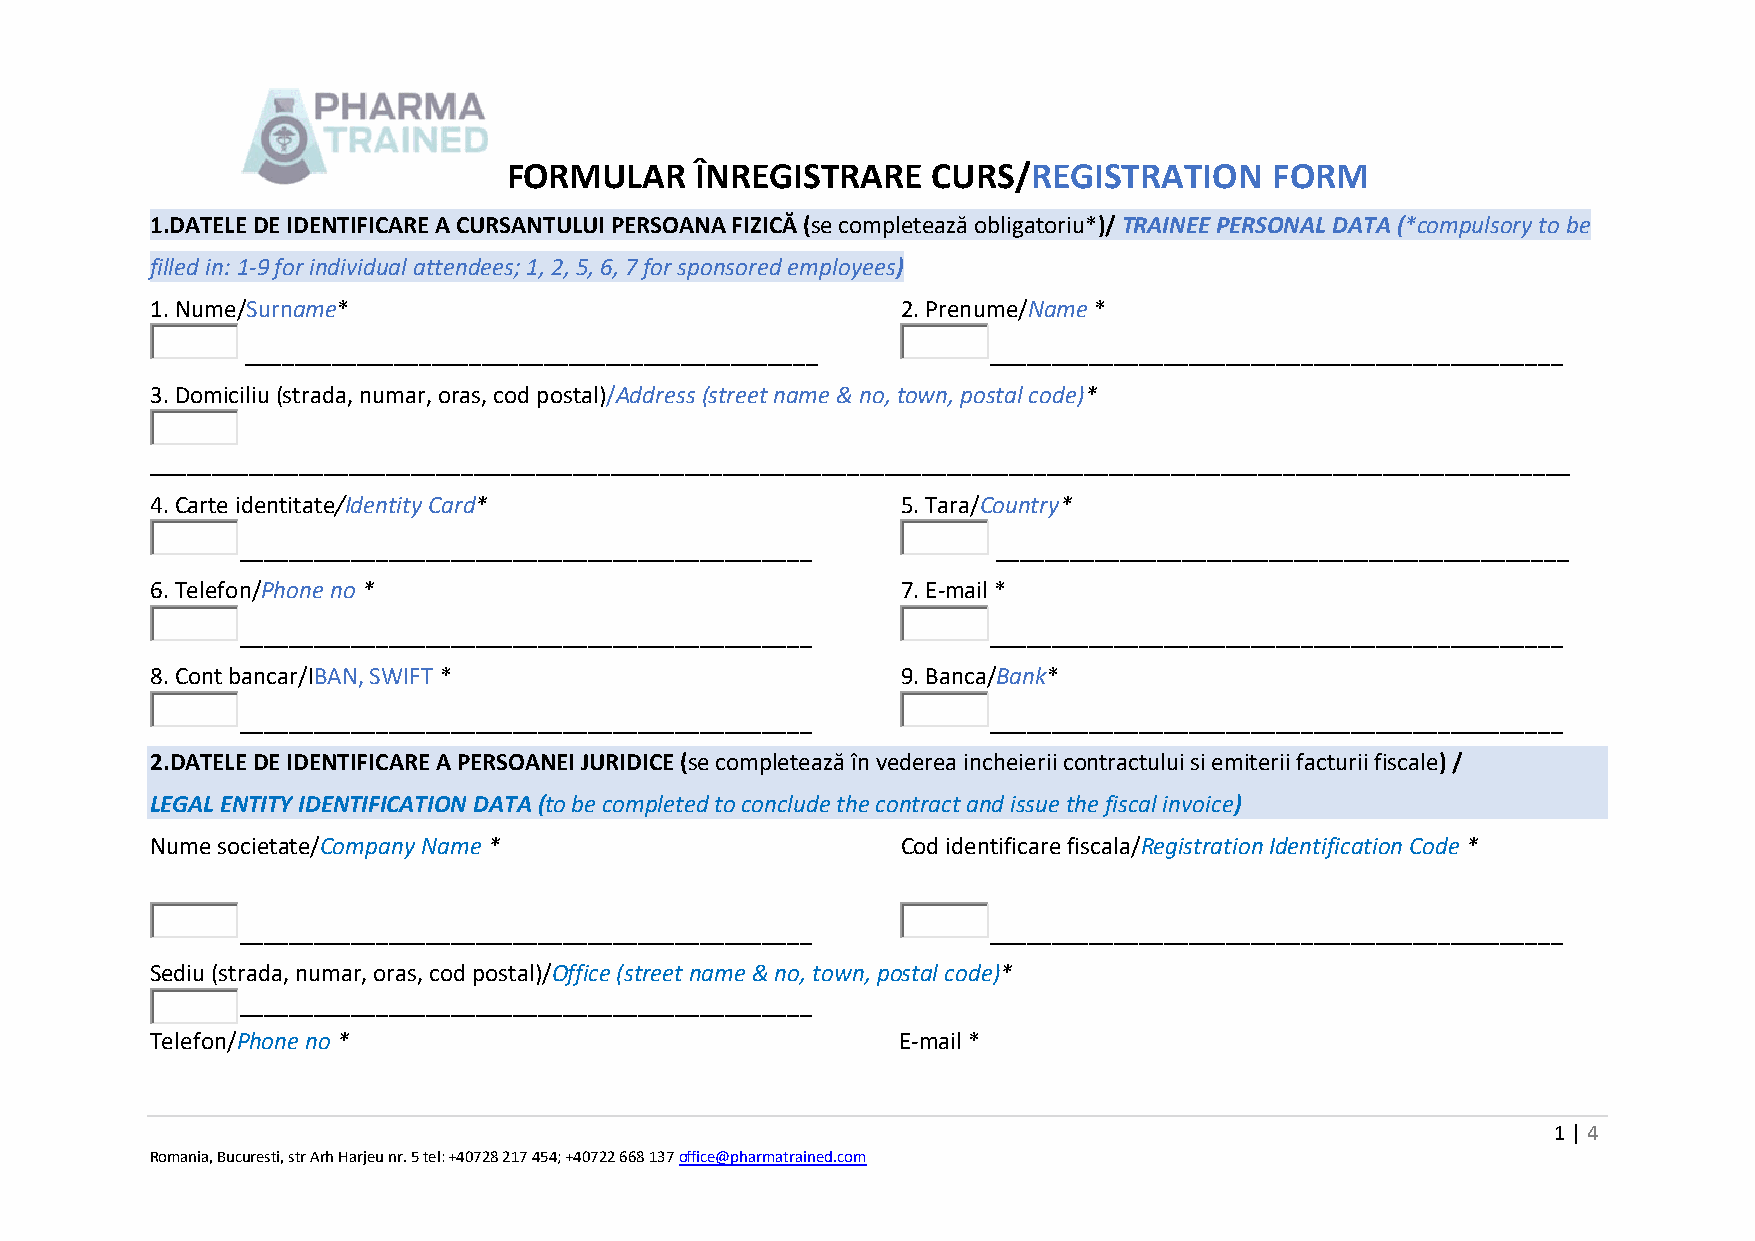
FORMULAR    ÎNREGISTRARE    CURS/REGISTRATION     FORM
 1.DATELE DE IDENTIFICARE A CURSANTULUI PERSOANA FIZICĂ (se completează obligatoriu*)/ TRAINEE PERSONAL DATA (*compulsory to be
 filled in: 1-9 for individual attendees; 1, 2, 5, 6, 7 for sponsored employees)
 1. Nume/Surname*                                  2. Prenume/Name *
 ______________________________________________    ______________________________________________
 3. Domiciliu (strada, numar, oras, cod postal)/Address (street name & no, town, postal code)*
 __________________________________________________________________________________________________________________
 4. Carte identitate/Identity Card*                5. Tara/Country*
 ______________________________________________    ______________________________________________
 6. Telefon/Phone no *                             7. E-mail *
 ______________________________________________    ______________________________________________
 8. Cont bancar/IBAN, SWIFT *                      9. Banca/Bank*
 ______________________________________________    ______________________________________________
 2.DATELE DE IDENTIFICARE A PERSOANEI JURIDICE (se completează în vederea incheierii contractului si emiterii facturii fiscale) /
 LEGAL ENTITY IDENTIFICATION DATA (to be completed to conclude the contract and issue the fiscal invoice)
 Nume societate/Company Name *                     Cod identificare fiscala/Registration Identification Code *
 ______________________________________________    ______________________________________________
 Sediu (strada, numar, oras, cod postal)/Office (street name & no, town, postal code)*
 ______________________________________________
 Telefon/Phone no *                                E-mail *
 1 | 4
 Romania, Bucuresti, str Arh Harjeu nr. 5 tel: +40728 217 454; +40722 668 137 office@pharmatrained.com